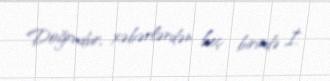
Doğrudur, xəbərlərdən heç birində İ.